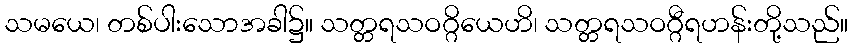
သမယေ၊ တစ်ပါးသောအခါ၌။ သတ္တရသဝဂ္ဂိယေဟိ၊ သတ္တရသဝဂ္ဂီရဟန်းတို့သည်။